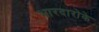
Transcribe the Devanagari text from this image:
भारदारोके